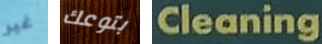
غير بتوعك Cleaning